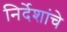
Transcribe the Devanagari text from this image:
निर्देशांचे